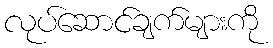
လုပ်ဆောင်ချက်များကို